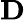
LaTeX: \mathrm{\mathbf D}